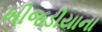
ખીજડીયાના